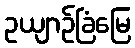
ဥယျာဉ်ခြံမြေ